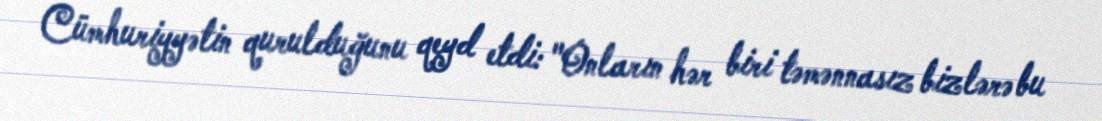
Cümhuriyyətin qurulduğunu qeyd etdi: "Onların hər biri təmənnasız bizlərə bu